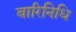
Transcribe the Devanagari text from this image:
बारिनिधि